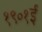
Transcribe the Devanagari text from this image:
१९०१ई